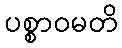
ပစ္စာဝမတိ